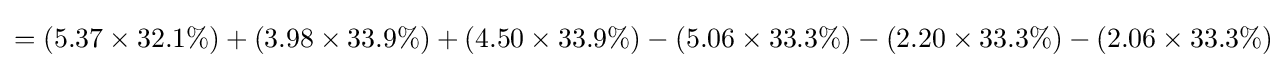
=\left(5.37\times 32.1\%\right)+\left(3.98\times 33.9\%\right)+\left(4.50\times 33.9\%\right)-\left(5.06\times 33.3\%\right)-\left(2.20\times 33.3\%\right)-\left(2.06\times 33.3\%\right)